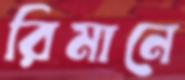
রিমানে